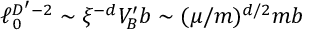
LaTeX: \ell _ { 0 } ^ { D ^ { \prime } - 2 } \sim \xi ^ { - d } V _ { B } ^ { \prime } b \sim ( \mu / m ) ^ { d / 2 } m b